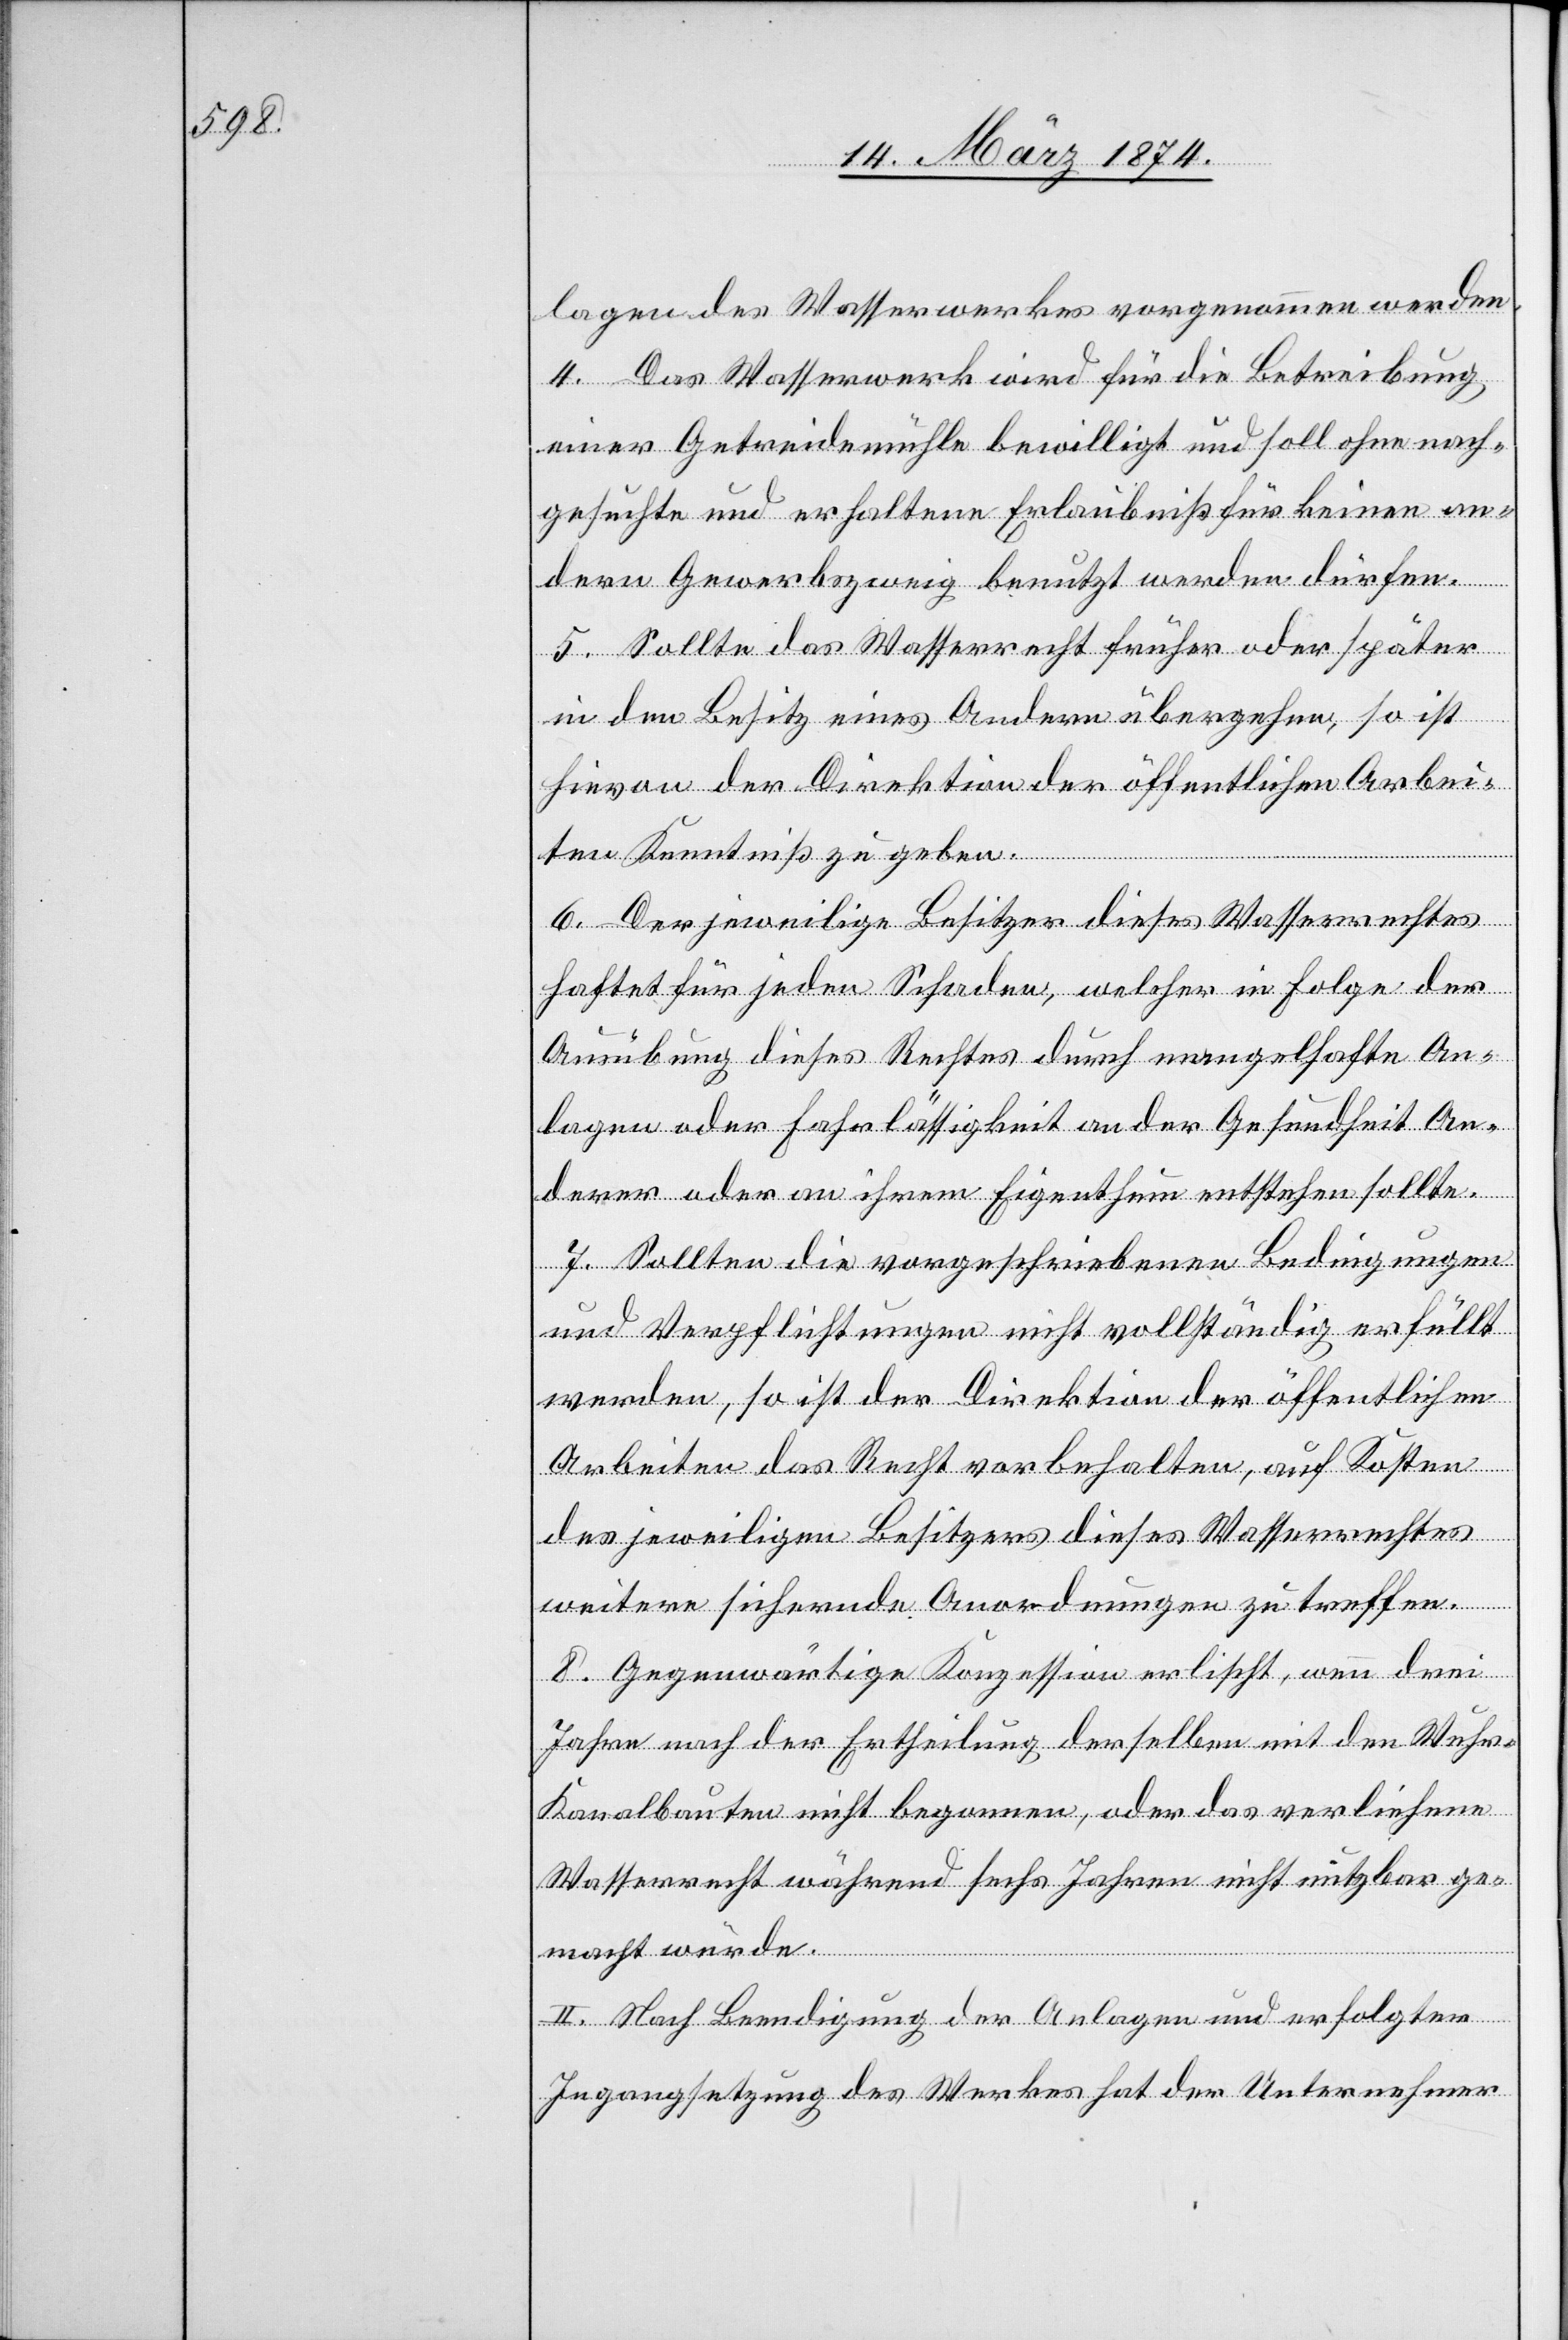
lagen des Wasserwerkes vorgenommen werden.
4. Das Wasserwerk wird für die Betreibung
einer Getreidemühle bewilligt und soll ohne nach¬
gesuchte und erhaltene Erlaubniß für keinen an¬
dern Gewerbszweig benutzt werden dürfen.
5. Sollte das Wasserrecht früher oder später
in den Besitz eines Andern übergehen, so ist
hievon der Direktion der öffentlichen Arbei¬
ten Kenntniß zu geben.
6. Der jeweilige Besitzer dieses Wasserrechtes
haftet für jeden Schaden, welcher in Folge der
Ausübung dieses Rechtes durch mangelhafte An¬
lagen oder Fahrlässigkeit an der Gesundheit An¬
derer oder an ihrem Eigenthum entstehen sollte.
7. Sollten die vorgeschriebenen Bedingungen
und Verpflichtungen nicht vollständig erfüllt
werden, so ist der Direktion der öffentlichen
Arbeiten das Recht vorbehalten, auf Kosten
des jeweiligen Besitzers dieses Wasserrechtes
weitere sichernde Anordnungen zu treffen.
8. Gegenwärtige Konzession erlischt, wenn drei
Jahre nach der Ertheilung der selben mit den Wuhr-K¬
analbauten nicht begonnen, oder das verliehene
Wasserrecht während sechs Jahren nicht nutzbar ge¬
macht würde.
II. Nach Beendigung der Anlagen und erfolgten
Ingangsetzung des Werkes hat der Unternehmer